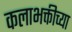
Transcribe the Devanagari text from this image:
कलाभक्तीच्या